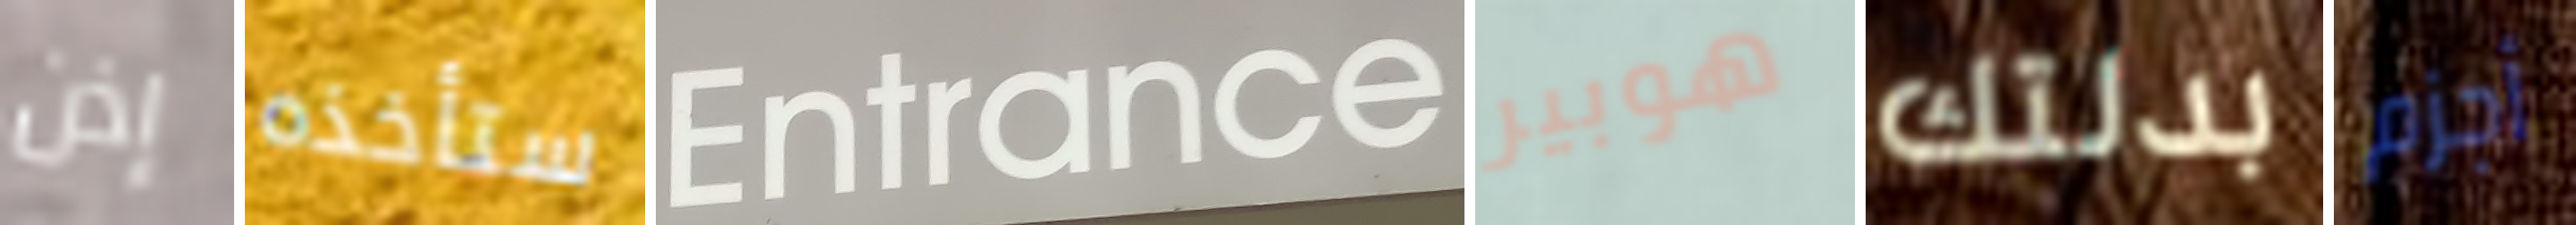
إذن ستأخذه Entrance هوبير بدلتك أجزم